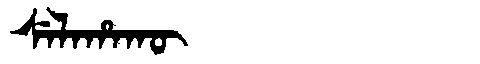
Manchu: ᠰᡝᠯᠠᡥᠠᡴᡡ
Romanization: SELAHAKŪ